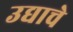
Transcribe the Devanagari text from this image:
उद्याचे